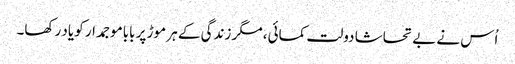
اُس نے بے تحاشا دولت کمائی، مگر زندگی کے ہر موڑ پر باباموجمدار کو یاد رکھا۔